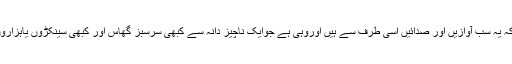
یہ چیزیں بتاتی ہیں کہ یہ سب آوازیں اور صدائیں اُسی طرف سے ہیں اوروہی ہے جوایک ناچیز دانہ سے کبھی سرسبز گھاس اور کبھی سینکڑوں یاہزاروں دانے پیداکرتاہے ۔